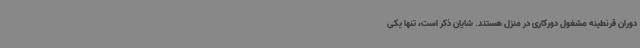
دوران قرنطینه مشغول دورکاری در منزل هستند. شایان ذکر است، تنها یکی